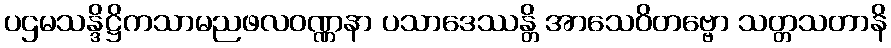
ပဌမသန္ဒိဋ္ဌိကသာမညဖလဝဏ္ဏနာ ပသာဒေဿန္တိ အာသေဝိတဗ္ဗော သတ္တသတာနိ